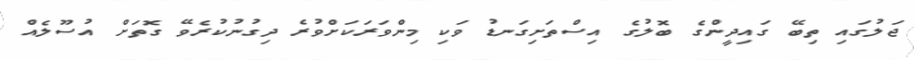
ޖަލުގައި ތިބޭ ގައިދީންގެ ބޮލުގެ އިސްތަށިގަނޑު ވަކި މިންވަރަކަށްވުރެ ދިގުނުކުރެވޭ ގޮތަށް އުސޫލެއް